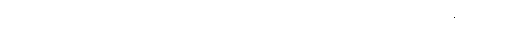
ကျွန်တော်ဆီ စာ လာသင်တဲ့ ကျောင်းသားတွေရဲ့ ကိုရီးယားစာ အရည်အချင်းကို တာဝန် ယူပါမယ်။